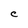
Character: C